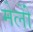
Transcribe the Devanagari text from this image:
मेलोें